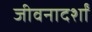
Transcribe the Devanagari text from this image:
जीवनादर्शां